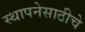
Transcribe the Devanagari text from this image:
स्थापनेसाठीचे